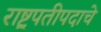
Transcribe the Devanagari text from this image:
राष्ट्रपतीपदाचे